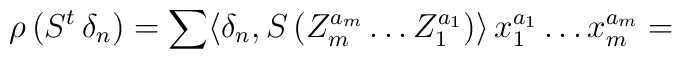
\rho \, (S^t \, \delta_n)= \sum \langle \delta_n , S \, (Z_m^{a_m} \ldots Z_1^{a_1}) \rangle \, x_1^{a_1} \ldots x_m^{a_m} =